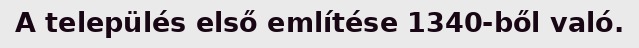
A település első említése 1340-ből való.